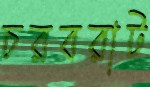
চরবরাট